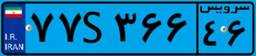
۷۷S۳۶۶۴۶